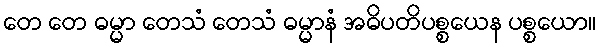
တေ တေ ဓမ္မာ တေသံ တေသံ ဓမ္မာနံ အဓိပတိပစ္စယေန ပစ္စယော။